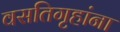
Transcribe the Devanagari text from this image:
वसतिगृहांना